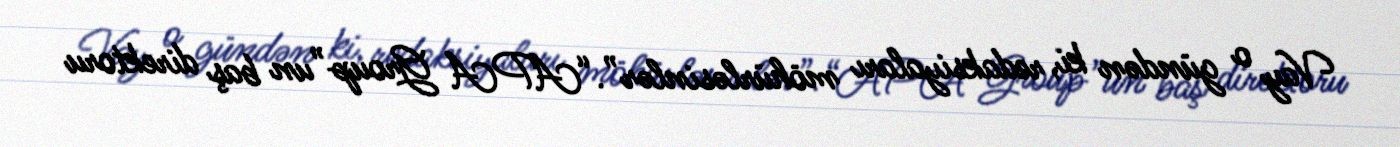
Vay o gündən ki, redaksiyaları möhürləsinlər”.“APA Group”un baş direktoru